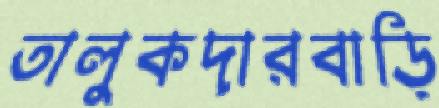
তালুকদারবাড়ি